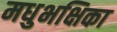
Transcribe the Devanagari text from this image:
मधुभक्षिका